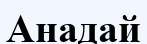
Анадай